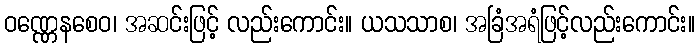
ဝဏ္ဏေနစေဝ၊ အဆင်းဖြင့် လည်းကောင်း။ ယသသာစ၊ အခြံအရံဖြင့်လည်းကောင်း။